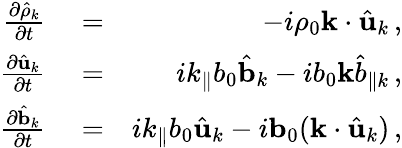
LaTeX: \begin{array}{rlr}{{\frac{\partial\hat{\rho}_{k}}{\partial t}}}&{{}=}&{-i\rho_{0}{\mathbf k}\cdot\hat{\mathbf u}_{k}\, ,}\\ {{\frac{\partial\hat{\mathbf u}_{k}}{\partial t}}}&{{}=}&{ik_{\parallel}b_{0}{\hat{\mathbf b}}_{k}-ib_{0}{\mathbf k}{\hat{b}}_{\parallel k}\, ,}\\ {{\frac{\partial\hat{\mathbf b}_{k}}{\partial t}}}&{{}=}&{ik_{\parallel}b_{0}\hat{\mathbf u}_{k}-i{\mathbf b}_{0}({\mathbf k}\cdot\hat{\mathbf u}_{k})\, ,}\end{array}